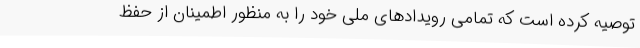
توصیه کرده است که تمامی رویدادهای ملی خود را به منظور اطمینان از حفظ